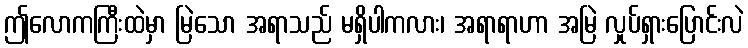
ဤလောကကြီးထဲမှာ မြဲသော အရာသည် မရှိပါကလား၊ အရာရာဟာ အမြဲ လှုပ်ရှားပြောင်းလဲ